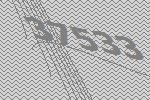
37533